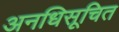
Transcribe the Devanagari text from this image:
अनधिसूचित